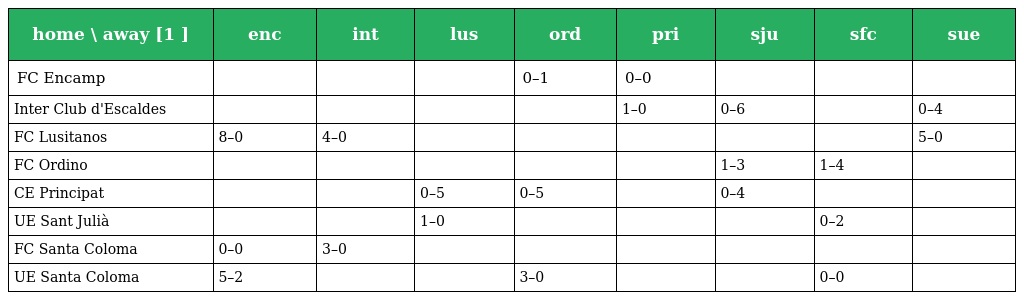
| home \ away [1 ] | enc | int | lus | ord | pri | sju | sfc | sue |
 | --- | --- | --- | --- | --- | --- | --- | --- | --- |
 | FC Encamp |  |  |  | 0–1 | 0–0 |  |  |  |
 | Inter Club d'Escaldes |  |  |  |  | 1–0 | 0–6 |  | 0–4 |
 | FC Lusitanos | 8–0 | 4–0 |  |  |  |  |  | 5–0 |
 | FC Ordino |  |  |  |  |  | 1–3 | 1–4 |  |
 | CE Principat |  |  | 0–5 | 0–5 |  | 0–4 |  |  |
 | UE Sant Julià |  |  | 1–0 |  |  |  | 0–2 |  |
 | FC Santa Coloma | 0–0 | 3–0 |  |  |  |  |  |  |
 | UE Santa Coloma | 5–2 |  |  | 3–0 |  |  | 0–0 |  |